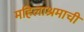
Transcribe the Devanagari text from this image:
महिलाश्रमाची